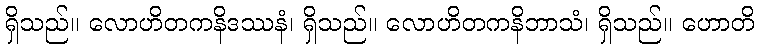
ရှိသည်။ လောဟိတကနိဒဿနံ၊ ရှိသည်။ လောဟိတကနိဘာသံ၊ ရှိသည်။ ဟောတိ